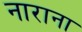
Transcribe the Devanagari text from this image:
नाराना